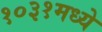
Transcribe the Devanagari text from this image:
१०३१मध्ये